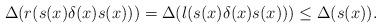
LaTeX: \begin{align*}\Delta(r(s(x)\delta(x)s(x)))=\Delta(l(s(x)\delta(x)s(x)))\leq \Delta(s(x)). \end{align*}